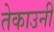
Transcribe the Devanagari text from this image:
तेकाउनीं